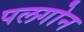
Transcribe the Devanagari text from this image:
पलगोन